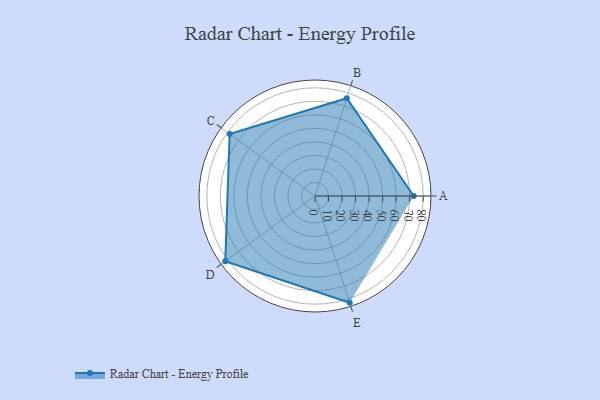
{"axis": {"x": "Skill", "y": "Score"}, "legend": ["Profile"], "data": [{"x": "A", "y": 73.0, "type": "Profile"}, {"x": "B", "y": 76.0, "type": "Profile"}, {"x": "C", "y": 78.0, "type": "Profile"}, {"x": "D", "y": 82.0, "type": "Profile"}, {"x": "E", "y": 83.0, "type": "Profile"}]}